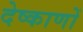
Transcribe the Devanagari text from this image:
देष्काणों